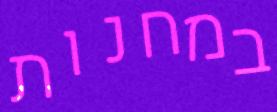
במחנות